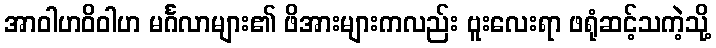
အာဝါဟဝိဝါဟ မင်္ဂလာများ၏ ဖိအားများကလည်း ဗူးလေးရာ ဖရုံဆင့်သကဲ့သို့